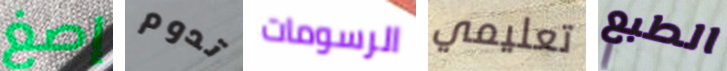
إصغ تدوم الرسومات تعليمي الطبع